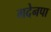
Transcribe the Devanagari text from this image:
गदेनपा